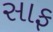
સાફ